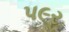
પ૯ર